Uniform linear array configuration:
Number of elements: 4
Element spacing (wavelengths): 0.5
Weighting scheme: uniform
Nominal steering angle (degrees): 0
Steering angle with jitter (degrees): -0.8015
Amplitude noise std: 0.05
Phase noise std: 0.05

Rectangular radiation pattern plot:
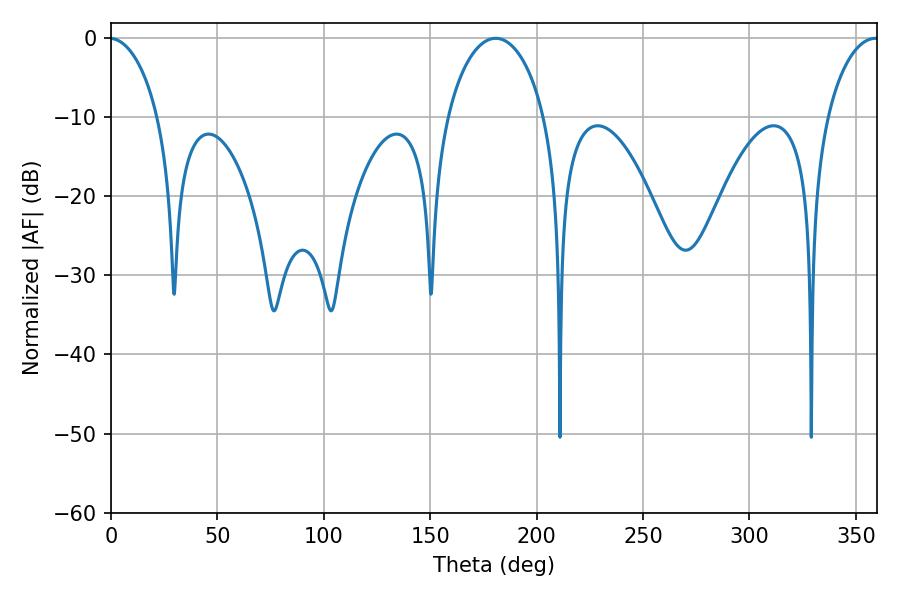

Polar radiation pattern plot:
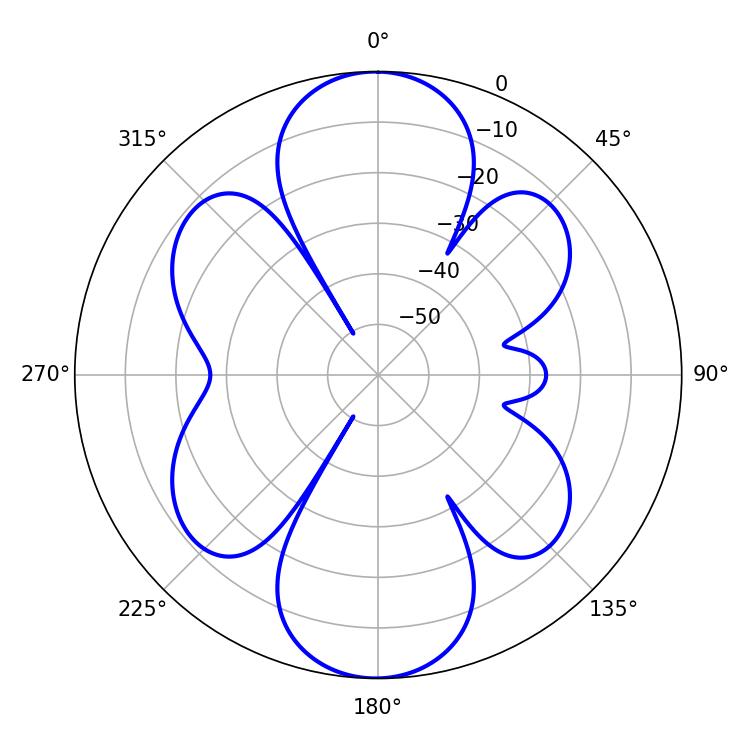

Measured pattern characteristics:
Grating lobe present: FALSE
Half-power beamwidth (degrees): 26.28
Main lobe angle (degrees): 180.72